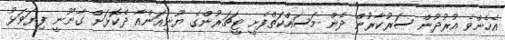
އެހެންވެ އުރުދުން ސަރުކާރުން ދެން މަސައްކަތްފެށީ ޓީޗަރުންގެ ޔޫނިއަންއާ ދެކޮޅަށް ގާނޫނީ ފިޔަވަޅު